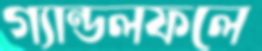
গ্যান্ডলফলে